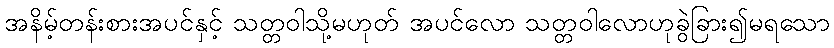
အနိမ့်တန်းစားအပင်နှင့် သတ္တဝါသို့မဟုတ် အပင်လော သတ္တဝါလောဟုခွဲခြား၍မရသော